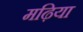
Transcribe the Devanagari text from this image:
मढ़िया